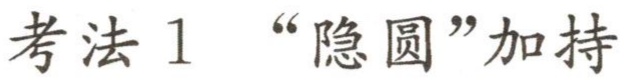
考法 1 “隐圆”加持